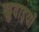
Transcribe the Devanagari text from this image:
खुदाइयाँ